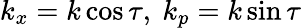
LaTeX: k_{x}=k\cos\tau,\ k_{p}=k\sin\tau